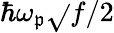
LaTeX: \hbar\omega_{\mathfrak{p}}\sqrt{}{{f}}/2